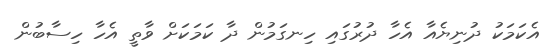
އެކަމަކު ދުނިޔެއާ އެހާ ދުރުގައި ހިނގަމުން ދާ ކަމަކަށް ވާތީ އެހާ ހިސާބުން